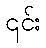
၎င်း